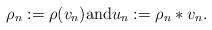
LaTeX: \begin{gather*}\rho_n:=\rho(v_n) \hbox{and} u_n:=\rho_n*v_n.\end{gather*}